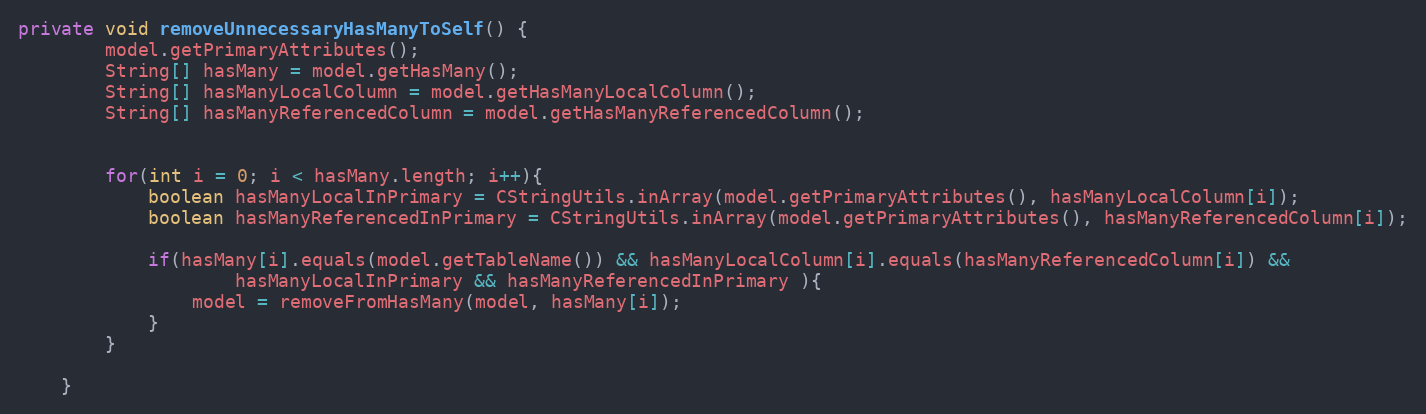
Language: Java
private void removeUnnecessaryHasManyToSelf() {
		model.getPrimaryAttributes();
		String[] hasMany = model.getHasMany();
		String[] hasManyLocalColumn = model.getHasManyLocalColumn();
		String[] hasManyReferencedColumn = model.getHasManyReferencedColumn();

		for(int i = 0; i < hasMany.length; i++){
			boolean hasManyLocalInPrimary = CStringUtils.inArray(model.getPrimaryAttributes(), hasManyLocalColumn[i]);
			boolean hasManyReferencedInPrimary = CStringUtils.inArray(model.getPrimaryAttributes(), hasManyReferencedColumn[i]);

			if(hasMany[i].equals(model.getTableName()) && hasManyLocalColumn[i].equals(hasManyReferencedColumn[i]) &&
					hasManyLocalInPrimary && hasManyReferencedInPrimary ){
				model = removeFromHasMany(model, hasMany[i]);
			}
		}

	}